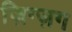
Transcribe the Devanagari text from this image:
ज़िग्ज़ग